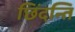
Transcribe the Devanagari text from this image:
छिंदन्ति